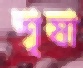
শৃষা